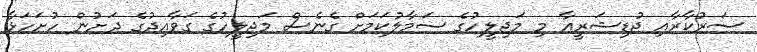
ސަރުކާރާއި ޖުޑިޝަރީއާ މި މަޖިލީހުގެ ސަމާލުކަމަށް ގެނެސް މަޖިލީހުގެ ގަވާއިދުގެ ދަށުން ހުށަހަޅާ